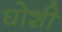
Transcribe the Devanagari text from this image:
घोशी